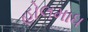
હોલમાધ